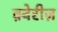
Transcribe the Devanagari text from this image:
क़्वेरीज़